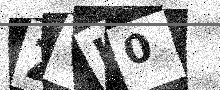
Text: ZVL0